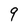
Character: 9